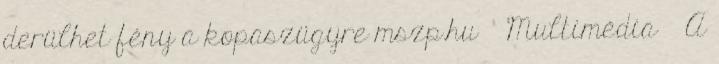
derülhet fény a kopaszügyre mszp.hu » Multimédia » A